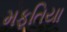
મફતિયા